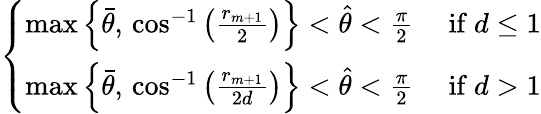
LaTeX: \left\{ \begin{array}{ll}{\operatorname*{max}\left\{ \bar{\theta},\, \cos^{-1}\left(\frac{r_{m+1}}{2}\right)\right\} <\widehat{\theta}<\frac{\pi}{2}}&{\mathrm{~if~}d\leq 1}\\ {\operatorname*{max}\left\{ \bar{\theta},\, \cos^{-1}\left(\frac{r_{m+1}}{2d}\right)\right\} <\widehat{\theta}<\frac{\pi}{2}}&{\mathrm{~if~}d>1}\end{array}\right.